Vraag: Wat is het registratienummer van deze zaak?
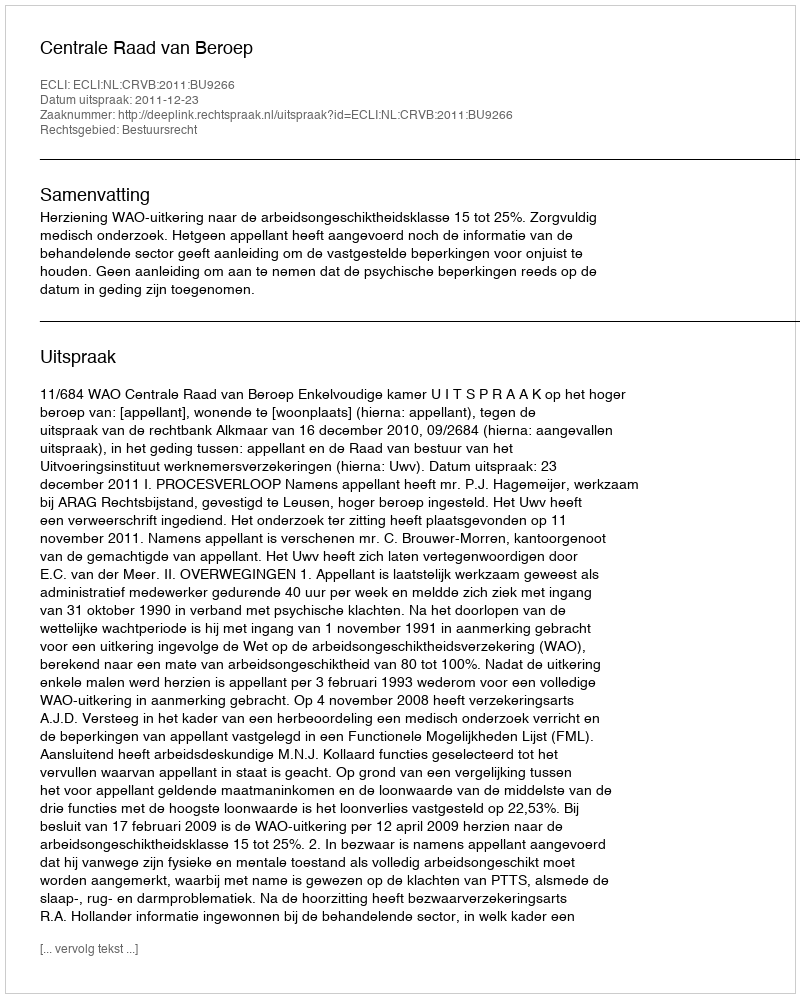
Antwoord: http://deeplink.rechtspraak.nl/uitspraak?id=ECLI:NL:CRVB:2011:BU9266